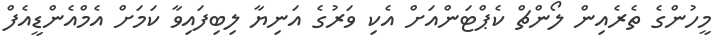
މީހުންގެ ތެރެއިން ލޯންޗް ކެޕްޓަންއަށް އެކި ވަރުގެ އަނިޔާ ލިބިފައިވާ ކަމަށް އެމްއެންޑީއެފް